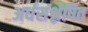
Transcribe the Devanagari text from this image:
अर्धसंश्लेषित